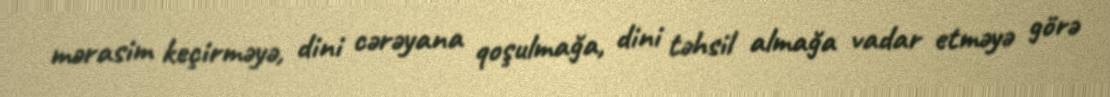
mərasim keçirməyə, dini cərəyana qoşulmağa, dini təhsil almağa vadar etməyə görə